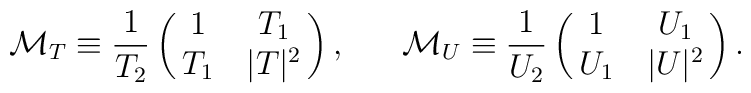
{\cal M}_T\equiv {1\over{T_2}}\left(\matrix{1 & T_1\cr T_1 & |T|^2}\right), \ \ \ \ \ {\cal M}_U\equiv {1\over{U_2}}\left(\matrix{1 & U_1\cr U_1 & |U|^2}\right).